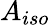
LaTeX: A_{iso}